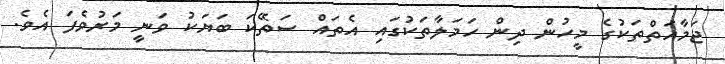
ޖަމާއަތްތަކުގެ މީހުން ދިން ހަމަލާތަކުގައި އެތައް ސަތޭކަ ބަޔަކު ވަނީ މަރުވެފަ އެވެ.